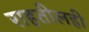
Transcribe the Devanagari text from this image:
राहतीलही